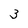
Character: 3